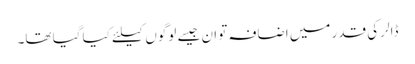
ڈالر کی قدر میں اضافہ تو ان جیسے لوگوں کیلئے کیا گیا تھا۔